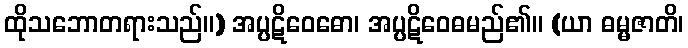
ထိုသဘောတရားသည်။) အပ္ပဋိဝေဓော၊ အပ္ပဋိဝေဓမည်၏။ (ယာ ဓမ္မဇာတိ၊